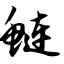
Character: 鲢